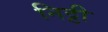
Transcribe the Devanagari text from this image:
निट्टी